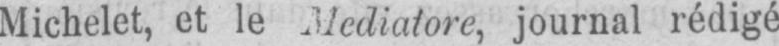
Michelet, et le Mediatore, journal rédigé